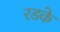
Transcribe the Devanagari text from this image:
रडके